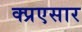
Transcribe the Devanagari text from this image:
क्प्रएसार